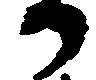
る